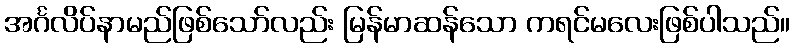
အင်္ဂလိပ်နာမည်ဖြစ်သော်လည်း မြန်မာဆန်သော ကရင်မလေးဖြစ်ပါသည်။